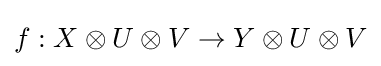
f:X\otimes U\otimes V\to Y\otimes U\otimes V